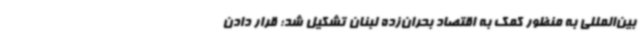
بین‌المللی به منظور کمک به اقتصاد بحران‌زده لبنان تشکیل شد؛ قرار دادن